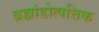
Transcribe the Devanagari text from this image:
ब्रह्मांडोत्पत्तिक